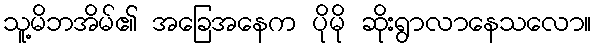
သူ့မိဘအိမ်၏ အခြေအနေက ပိုမို ဆိုးရွာလာနေသလော။